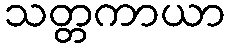
သတ္တကာယာ